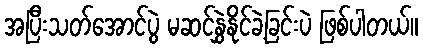
အပြီးသတ်အောင်ပွဲ မဆင်နွှဲနိုင်ခဲ့ခြင်းပဲ ဖြစ်ပါတယ်။